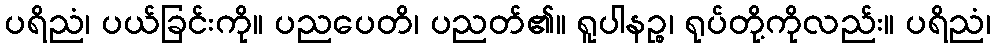
ပရိညံ၊ ပယ်ခြင်းကို။ ပညပေတိ၊ ပညတ်၏။ ရူပါနဉ္စ၊ ရုပ်တို့ကိုလည်း။ ပရိညံ၊